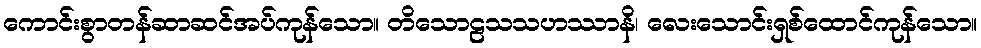
ကောင်းစွာတန်ဆာဆင်အပ်ကုန်သော။ တိသောဠသသဟဿာနိ၊ လေးသောင်းရှစ်ထောင်ကုန်သော။